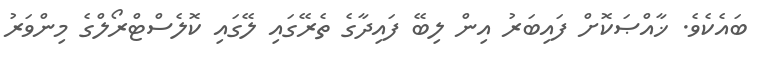
ބައެކެވެ. ޚާއްޞަކޮށް ފައިބަރު އިން ލިބޭ ފައިދާގެ ތެރޭގައި ލޭގައި ކޮލެސްޓްރޯލްގެ މިންވަރު